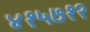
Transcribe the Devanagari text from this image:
४१५७१२